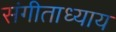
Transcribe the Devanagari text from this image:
संगीताध्याय